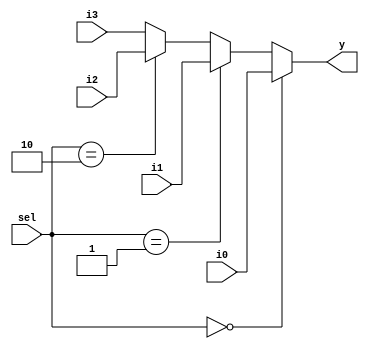
module mux4to1_5b (i0, i1, i2, i3, sel, y);
  input [4:0] i0, i1, i2, i3;
  input [1:0] sel;
  output [4:0] y;
  
  assign y = (sel==2'd0) ? i0 :
            (sel == 2'd1) ? i1 :
            (sel == 2'd2) ? i2 : i3;
  
endmodule